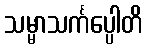
သမ္မာသင်္ကပ္ပေါတိ